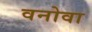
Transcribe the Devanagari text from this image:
वनोवा